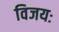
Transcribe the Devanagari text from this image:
विजयः